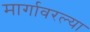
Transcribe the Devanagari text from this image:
मार्गावरल्या